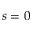
s = 0